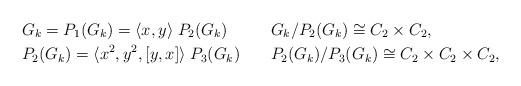
LaTeX: \begin{align*} & G_k = P_1(G_k) = \langle x,y \rangle \; P_2(G_k) & & G_k/P_2(G_k) \cong C_2 \times C_2, \\ & P_2(G_k) = \langle x^2, y^2, [y,x] \rangle \; P_3(G_k) & & P_2(G_k)/P_3(G_k) \cong C_2 \times C_2 \times C_2, \end{align*}